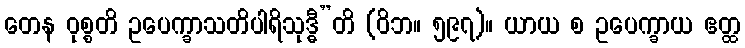
တေန ဝုစ္စတိ ဥပေက္ခာသတိပါရိသုဒ္ဓီ”တိ (ဝိဘ။ ၅၉၇)။ ယာယ စ ဥပေက္ခာယ ဧတ္ထ